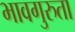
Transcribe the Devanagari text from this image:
भावगुरुता